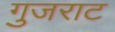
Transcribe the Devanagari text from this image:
गुजराट